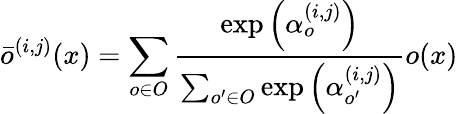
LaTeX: {\bar{o}^{(i,j)}}(x)=\sum_{o\in O}{\frac{{\exp\left({\alpha_{o}^{(i,j)}}\right)}}{{\sum_{o^{\prime}\in O}{\exp\left({\alpha_{o^{\prime}}^{(i,j)}}\right)}}}o(x)}